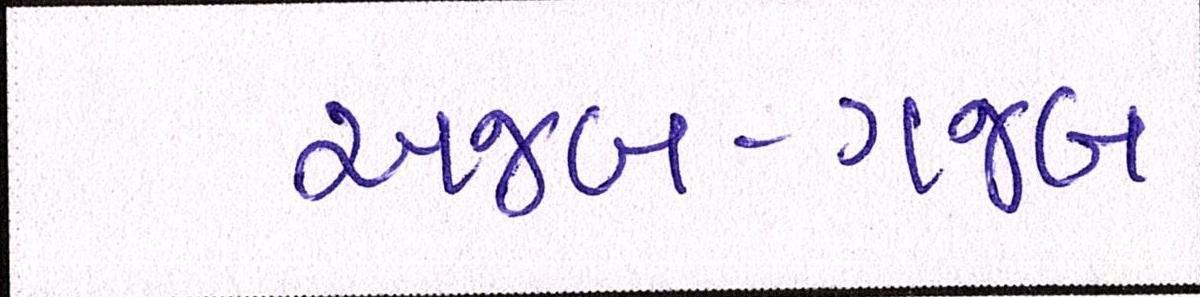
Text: અજબ-ગજબ